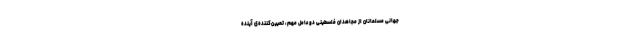
جهانی مسلمانان از مجاهدان فلسطینی دو عامل مهم، تعیین‌کننده‌ی آینده